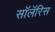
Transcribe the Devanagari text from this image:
सॉलॅरिस